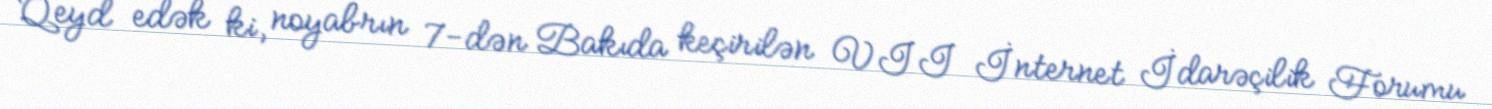
Qeyd edək ki, noyabrın 7-dən Bakıda keçirilən VII İnternet İdarəçilik Forumu